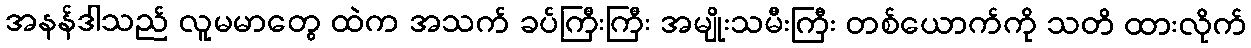
အနန်ဒါသည် လူမမာတွေ ထဲက အသက် ခပ်ကြီးကြီး အမျိုးသမီးကြီး တစ်ယောက်ကို သတိ ထားလိုက်